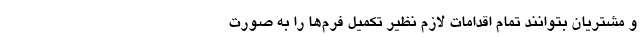
و مشتریان بتوانند تمام اقدامات لازم نظیر تکمیل فرم‌ها را به صورت